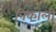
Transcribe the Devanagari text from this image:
निकोली